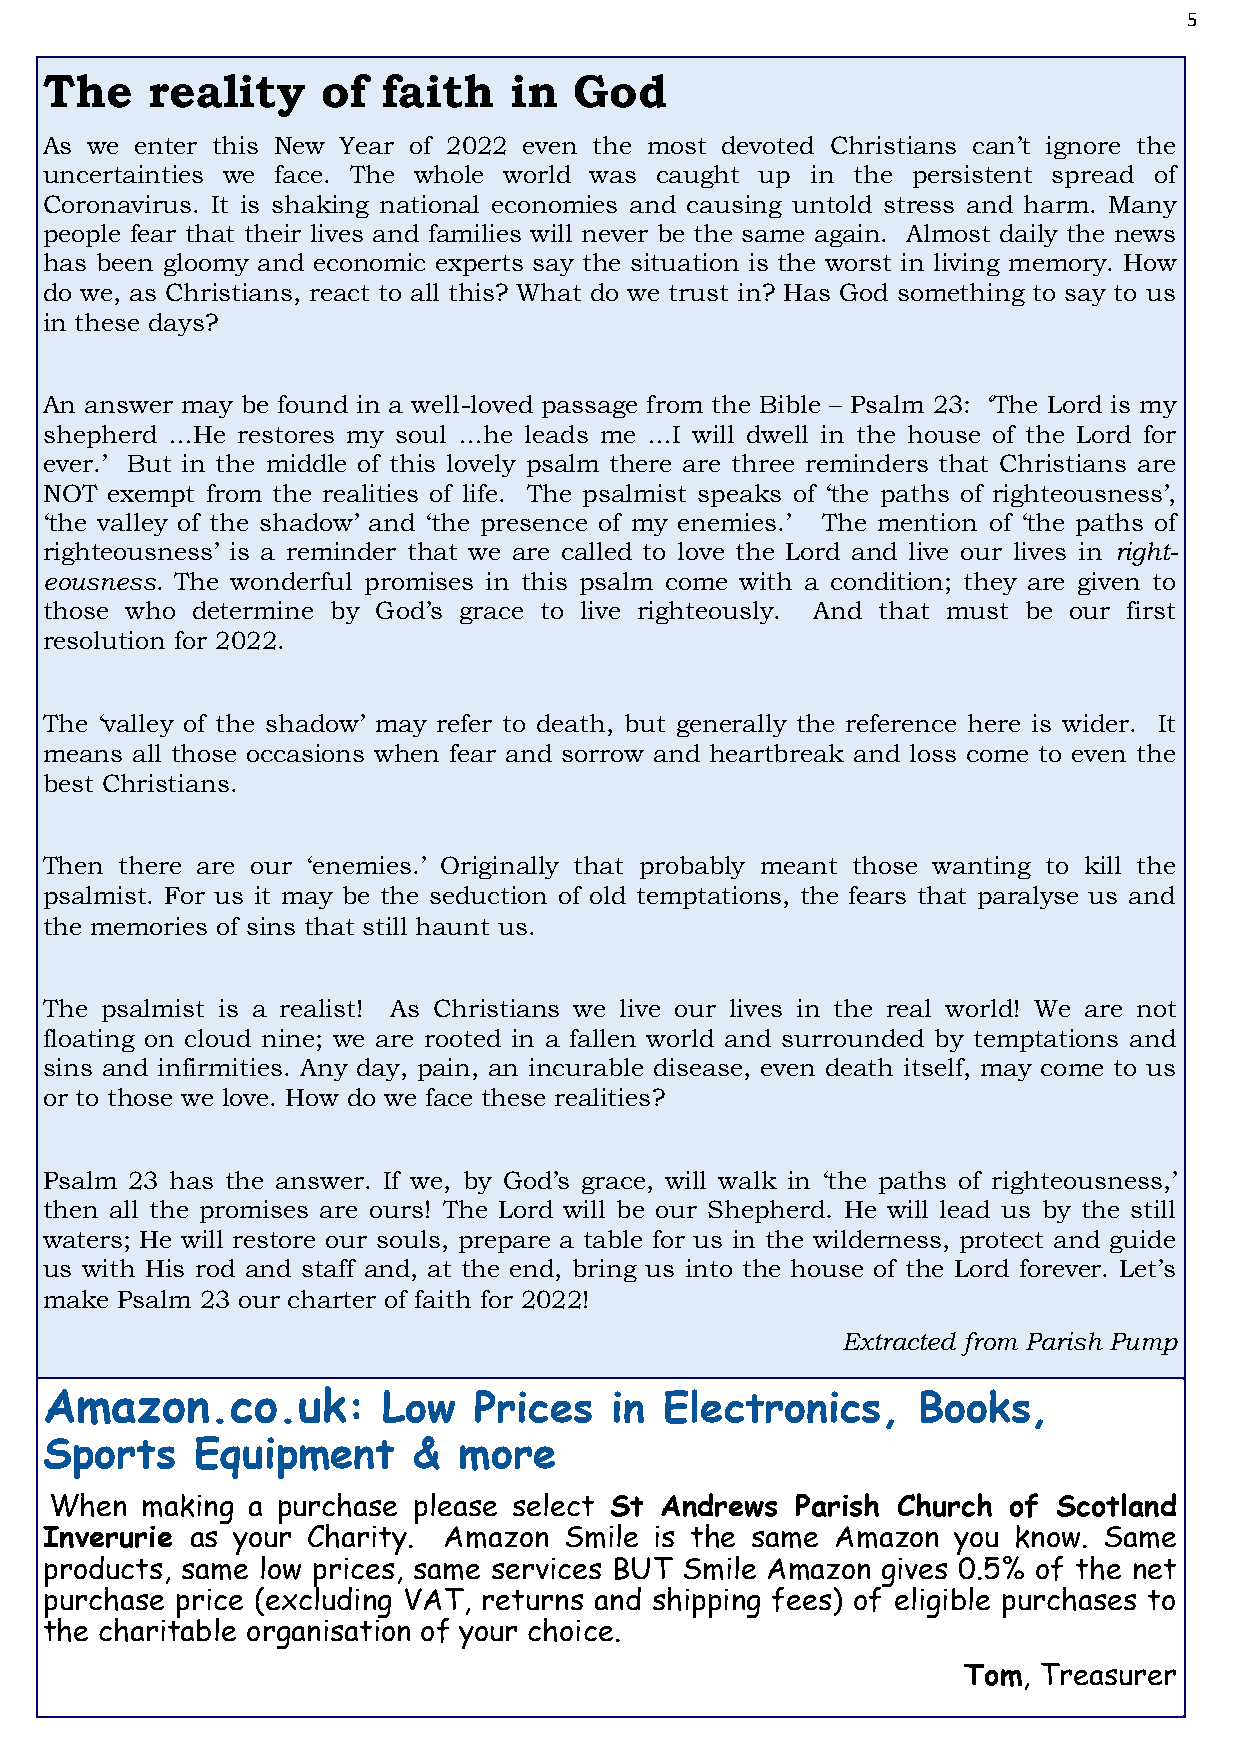
5
 The    reality    of  faith    in  God
 As we enter this New Year of 2022 even the most devoted Christians can’t ignore the
 uncertainties we face. The whole world was caught up in the persistent spread of
 Coronavirus. It is shaking national economies and causing untold stress and harm. Many
 people fear that their lives and families will never be the same again. Almost daily the news
 has been gloomy and economic experts say the situation is the worst in living memory. How
 do we, as Christians, react to all this? What do we trust in? Has God something to say to us
 in these days?
 An answer may be found in a well-loved passage from the Bible – Psalm 23: ‘The Lord is my
 shepherd …He restores my soul …he leads me …I will dwell in the house of the Lord for
 ever.’ But in the middle of this lovely psalm there are three reminders that Christians are
 NOT exempt from the realities of life. The psalmist speaks of ‘the paths of righteousness’,
 ‘the valley of the shadow’ and ‘the presence of my enemies.’ The mention of ‘the paths of
 righteousness’ is a reminder that we are called to love the Lord and live our lives in right-
 eousness. The wonderful promises in this psalm come with a condition; they are given to
 those who determine by God’s grace to live righteously. And that must be our first
 resolution for 2022.
 The ‘valley of the shadow’ may refer to death, but generally the reference here is wider. It
 means all those occasions when fear and sorrow and heartbreak and loss come to even the
 best Christians.
 Then there are our ‘enemies.’ Originally that probably meant those wanting to kill the
 psalmist. For us it may be the seduction of old temptations, the fears that paralyse us and
 the memories of sins that still haunt us.
 The psalmist is a realist! As Christians we live our lives in the real world! We are not
 floating on cloud nine; we are rooted in a fallen world and surrounded by temptations and
 sins and infirmities. Any day, pain, an incurable disease, even death itself, may come to us
 or to those we love. How do we face these realities?
 Psalm 23 has the answer. If we, by God’s grace, will walk in ‘the paths of righteousness,’
 then all the promises are ours! The Lord will be our Shepherd. He will lead us by the still
 waters; He will restore our souls, prepare a table for us in the wilderness, protect and guide
 us with His rod and staff and, at the end, bring us into the house of the Lord forever. Let’s
 make Psalm 23 our charter of faith for 2022!
 Extracted from Parish Pump
 Amazon.co.uk:         Low   Prices   in  Electronics,     Books,
 Sports    Equipment     &  more
 When  making a purchase please select St Andrews  Parish Church of Scotland
 Inverurie as your Charity. Amazon Smile is the same Amazon  you know. Same
 products, same low prices, same services BUT Smile Amazon gives 0.5% of the net
 purchase price (excluding VAT, returns and shipping fees) of eligible purchases to
 the charitable organisation of your choice.
 Tom, Treasurer